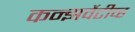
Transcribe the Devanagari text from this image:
कन्झर्वेटीव्ह